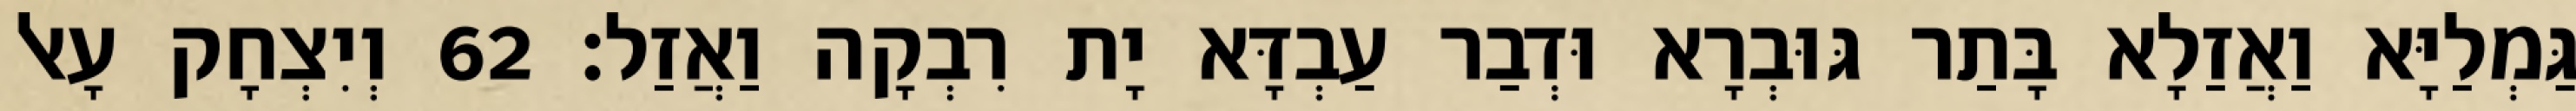
גַּמְלַיָּא וַאֲזַלָא בָּתַר גּוּבְרָא וּדְבַר עַבְדָּא יָת רִבְקָה וַאֲזַל׃ 62 וְיִצְחָק עָאל